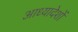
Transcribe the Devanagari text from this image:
आध्यादेशों